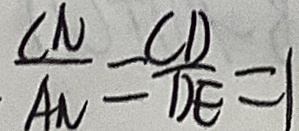
\frac { C N } { A N } = \frac { C D } { D E } = 1